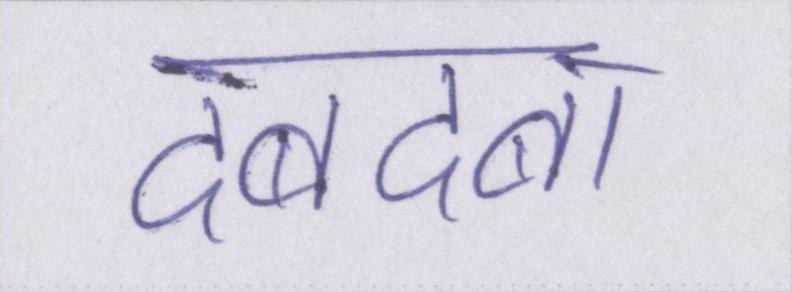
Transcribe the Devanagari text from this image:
दबदबा